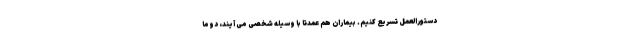
دستورالعمل تسریع کنیم. بیماران هم عمدتا با وسیله شخصی می آیند، دوما